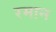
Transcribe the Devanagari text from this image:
रमान